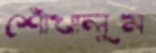
শোঁখালুম